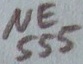
Text: NE555